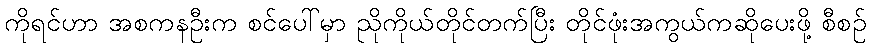
ကိုရင်ဟာ အစကနဦးက စင်ပေါ်မှာ ညိုကိုယ်တိုင်တက်ပြီး တိုင်ဖုံးအကွယ်ကဆိုပေးဖို့ စီစဉ်